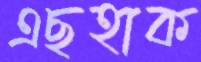
এছহাক